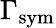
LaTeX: \Gamma_{\mathrm{sym}}